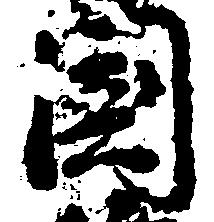
国